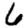
Digit: 6